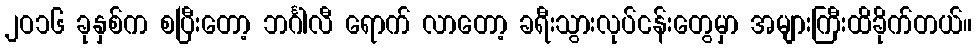
၂ဝ၁၆ ခုနှစ်က စပြီးတော့ ဘင်္ဂါလီ ရောက် လာတော့ ခရီးသွားလုပ်ငန်းတွေမှာ အများကြီးထိခိုက်တယ်။